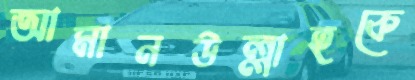
আমানউল্লাহকে